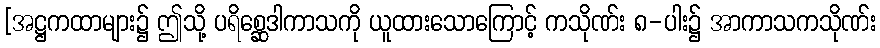
[အဋ္ဌကထာများ၌ ဤသို့ ပရိစ္ဆေဒါကာသကို ယူထားသောကြောင့် ကသိုဏ်း ၈-ပါး၌ အာကာသကသိုဏ်း